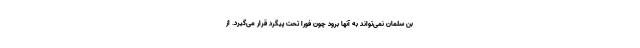
بن سلمان نمی‌تواند به آنها برود چون فورا تحت پیگرد قرار می‌گیرد. از